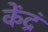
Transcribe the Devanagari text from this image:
केंद्रं